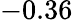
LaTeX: -0.36